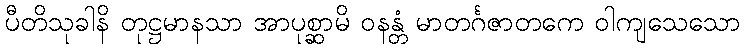
ပီတိသုခါနိ တုဋ္ဌမာနသာ အာပုစ္ဆာမိ ဝနန္တံ မာတင်္ဂဇာတကေ ဝါကျသေသော